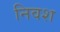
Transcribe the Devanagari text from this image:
निवश